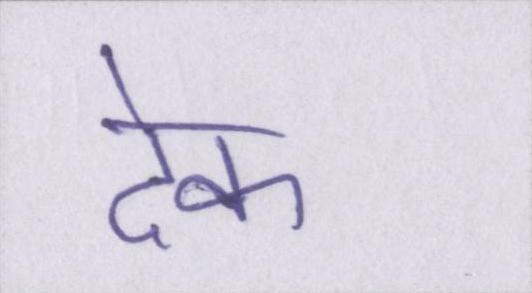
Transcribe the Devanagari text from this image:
देक